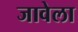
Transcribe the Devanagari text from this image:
जावेला